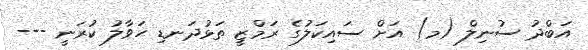
އަބްދު ސުނިލް (މ) އަށް ސައިކަލުގެ ރަމްޒީ ތަޅުދަނޑި ހަވާލު ކުރަނީ ---